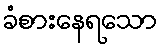
ခံစားနေရသော